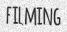
FILMING